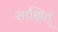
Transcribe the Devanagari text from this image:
साक्षित्‌